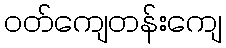
ဝတ်ကျေတန်းကျေ